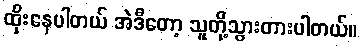
ထိုးနေပါတယ် အဲဒီတော့ သူတို့သွားတားပါတယ်။